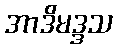
အာဒိမဒ္ဒသ